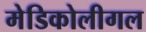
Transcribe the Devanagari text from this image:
मेडिकोलीगल